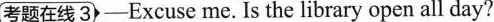
考题在线 3 —Excuse me. Is the library open all day?